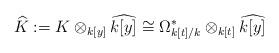
LaTeX: \begin{align*}\widehat{K} := K \otimes_{k[y]} \widehat{k[y]} \cong \Omega^*_{k[t]/k} \otimes_{k[t]} \widehat{k[y]}\end{align*}